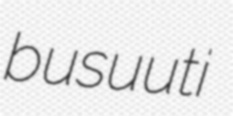
busuuti